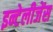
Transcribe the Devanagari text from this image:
इन्टेलीजेंस